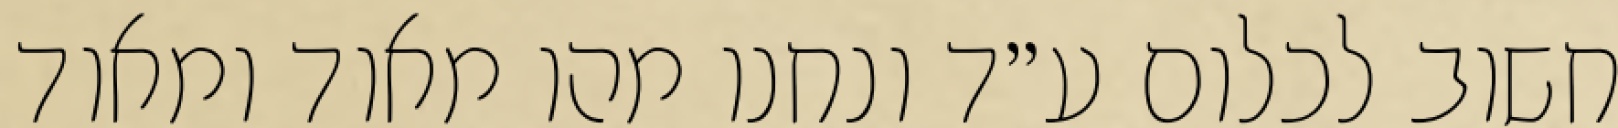
חשוב לכלום ע״ד ונחנו מהו מאוד ומאוד